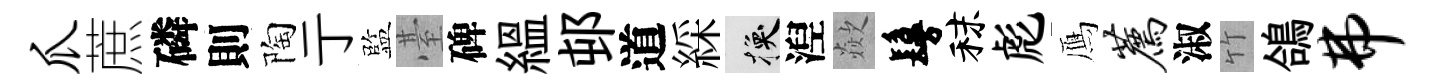
爪蔗磷則陶亍監䑓碑緼邨道綵换湼歘鬘秣彪鴈荐淑竹鴿弗